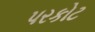
પરકોટ